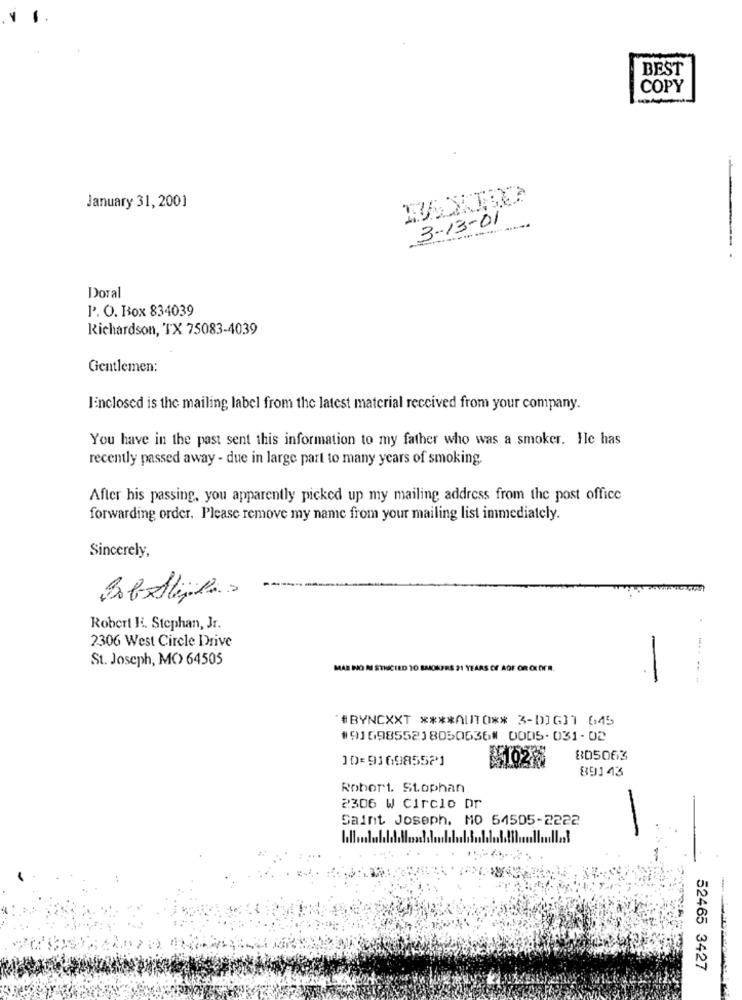
BEST
COPY
January 31, 2001
3-13-01
Doral
P. O. Box 834039
Richardson, TX 75083-4039
Gentlemen:
linclosed is the mailing label from the latest material received from your company.
You have in the past sent this information to my father who was a smoker. He has
recently passed away - due in large part to many years of smoking.
After his passing, you apparently picked up my mailing address from the post office
forwarding order. Please remove my name from your mailing list immediately.
Sincerely,
Robert K. Stephan, Jr.
2306 West Circle Drive
St. Joseph, MC> 64505
OR OLDER.
-
"#BYNCXXT **** QUITO ** 3-D]G]1 645
#9169855218050636# 0005-031-02
JD=916985521
805063
89143
Robert. Stophan
2306 W Circle Dr
Saint Joseph. MO 64505-2222
52465 3427